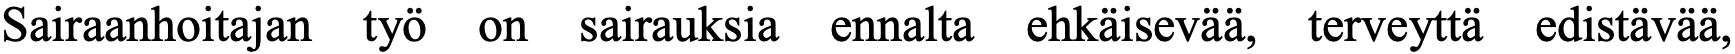
Sairaanhoitajan työ on sairauksia ennalta ehkäisevää, terveyttä edistävää,